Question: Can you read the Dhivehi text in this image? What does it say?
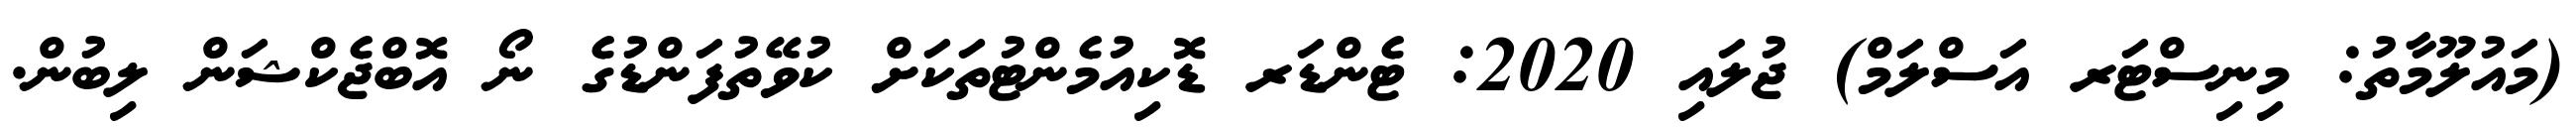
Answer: (މައުލޫމާތު: މިނިސްޓަރ އަސްލަމް) ޖުލައި 2020: ޓެންޑަރ ޑޮކިއުމެންޓުތަކަށް ކުވޭތުފަންޑުގެ ނޯ އޮބްޖެކްޝަން ލިބުން.